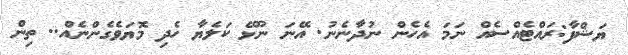
ޔަޝްފާ:ރައްޓެއްސެއް ނަމަ އެހެން ނުދާނެނު. އޭނަ ނޫޅޭ ކަލެޔާ ހެދި މޮޔަވެގެންނެއް.. ތިން